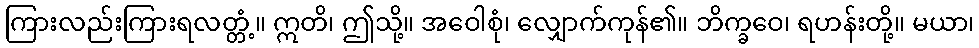
ကြားလည်းကြားရလတ္တံ့။ ဣတိ၊ ဤသို့။ အဝေါစုံ၊ လျှောက်ကုန်၏။ ဘိက္ခဝေ၊ ရဟန်းတို့။ မယာ၊